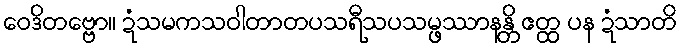
ဝေဒိတဗ္ဗော။ ဍံသမကသဝါတာတပသရီသပသမ္ဖဿာနန္တိ ဧတ္ထ ပန ဍံသာတိ